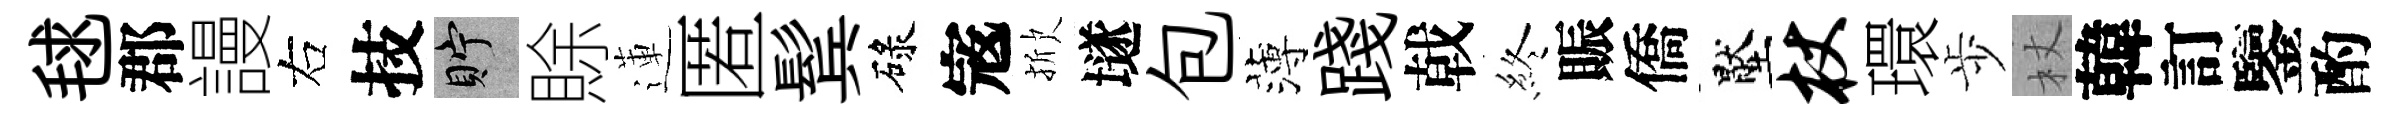
毬郡謾右技貯賖蓮匿鬂碌𡨥掀𡑞包薄踐戟終賑僑壓杖環歩杖韓訂鑒酌